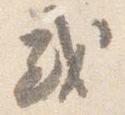
或